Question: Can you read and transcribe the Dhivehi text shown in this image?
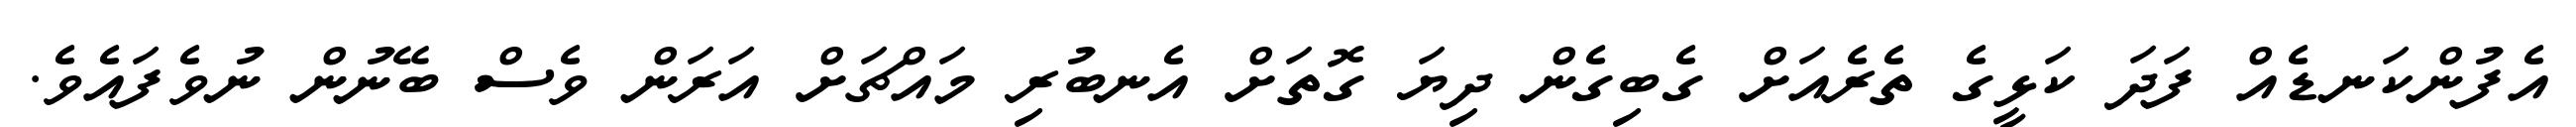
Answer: އެފުންކަނޑެއް ފަދަ ކަޅީގެ ތެރެއަށް ގެބިގެން ދިޔަ ގޮތަށް އެނބުރި މައްޗަށް އަރަން ވެސް ބޭނުން ނުވެފައެވެ.